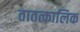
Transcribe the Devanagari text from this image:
तातत्कालिक